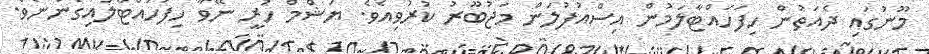
މޫނުގައި ދެއަތުން ހިފަހައްޓާލަމުން އިސްއުފުލަން މަޖުބޫރު ކުރުވިއެވެ. ޔަޝްމް ހުރީ ނޭވާ ހިފަހައްޓާލައިގެންނެވެ.